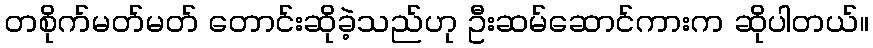
တစိုက်မတ်မတ် တောင်းဆိုခဲ့သည်ဟု ဦးဆမ်ဆောင်ကားက ဆိုပါတယ်။